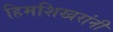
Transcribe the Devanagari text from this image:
हिमशिखरांनी